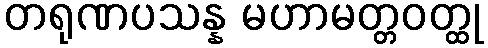
တရုဏပသန္န မဟာမတ္တဝတ္ထု